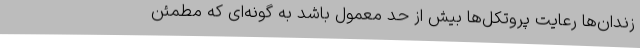
زندان‌ها رعایت پروتکل‌ها بیش از حد معمول باشد به گونه‌ای که مطمئن